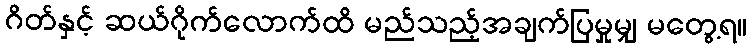
ဂိတ်နှင့် ဆယ်ဂိုက်လောက်ထိ မည်သည့်အချက်ပြမှုမျှ မတွေ့ရ။